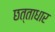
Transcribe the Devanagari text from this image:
छत्ताधार